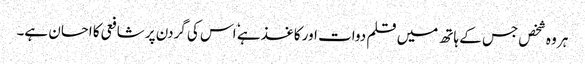
ہر وہ شخص جس کے ہاتھ میں قلم دوات اور کاغذ ہے ٗ اس کی گردن پر شافعی کا احسان ہے۔